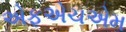
એફએચએમ